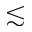
\lesssim